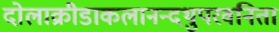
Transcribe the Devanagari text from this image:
दोलाक्रीडाकलानन्दथुपरवनिता